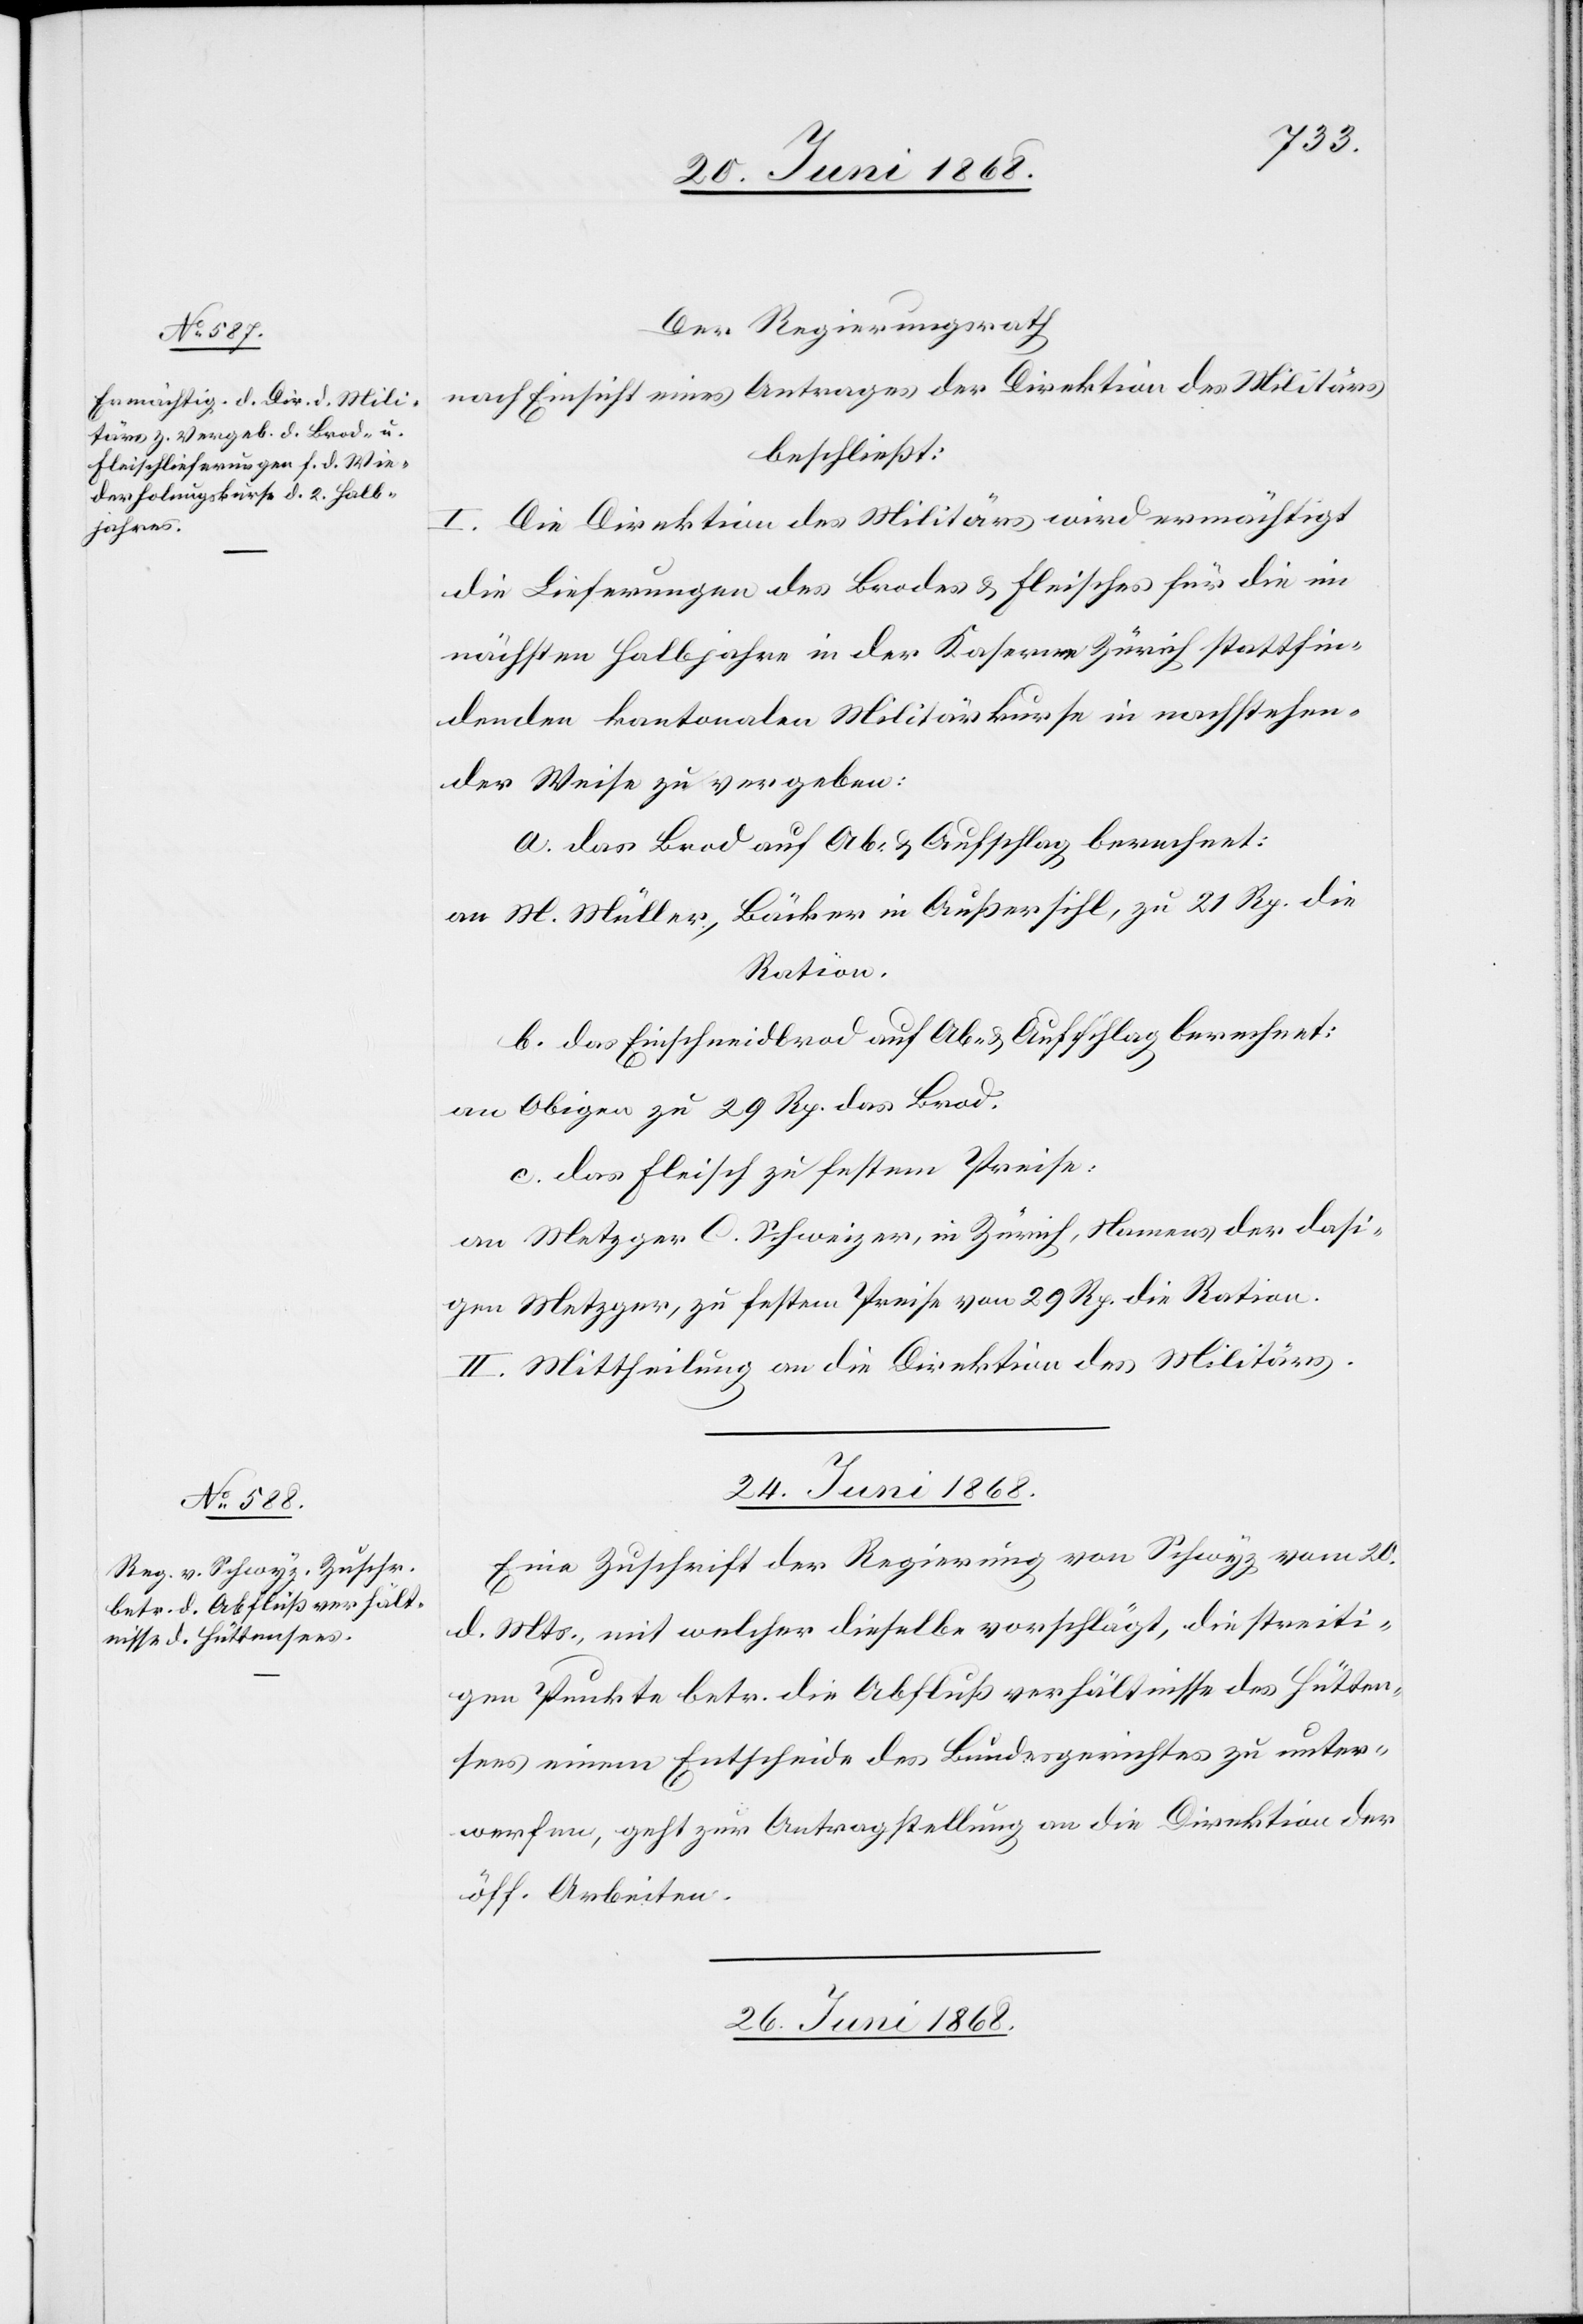
Der Regierungsrath
nach Einsicht eines Antrages der Direktion des Militärs
beschließt:
Die Direktion des Militärs wird ermächtigt
die Lieferungen des Brodes & Fleisches für die im
nächsten Halbjahre in der Kaserne Zürich stattfin¬
denden kantonalen Militärkurse in nachstehen¬
der Weise zu vergeben:
a. das Brod auf Ab- & Aufschlag berechnet:
an M. Müller, Bäcker in Außersihl, zu 21 Rp. die
Ration.
b. das Einschneidbrod auf Ab- & Aufschlag berechnet:
an Obigen zu 29 Rp. das Brod.
c. das Fleisch zu festem Preise:
an Metzger C. Schweizer, in Zürich, Namens der dasi¬
gen Metzger, zu festem Preise von 29 Rp. die Ration.
II. Mittheilung an die Direktion des Militärs.
24. Juni 1868.
Eine Zuschrift der Regierung von Schwyz vom 20.
d. Mts., mit welcher dieselbe vorschlägt, die streiti¬
gen Punkte betr. die Abflußverhältnisse des Hütten¬
sees einem Entscheide des Bundesgerichtes zu unter¬
werfen, geht zur Antragstellung an die Direktion der
öff. Arbeiten.
26. Juni 1868.